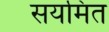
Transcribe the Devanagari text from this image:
सयमित